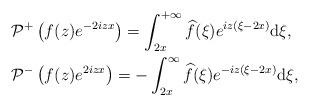
LaTeX: \begin{align*}&\mathcal{P}^+\left(f(z) e^{-2iz x}\right) =\int_{2x}^{+\infty} \widehat{f}(\xi)e^{iz(\xi-2x) }\mathrm{d}\xi,\\&\mathcal{P}^-\left(f(z) e^{2iz x}\right) =-\int^{\infty}_{2x} \widehat{f}(\xi)e^{-iz(\xi-2x ) }\mathrm{d}\xi,\end{align*}